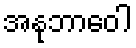
အနုဘာဝေါ